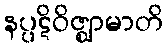
နပ္ပဋိဝိဇ္ဈာမာတိ